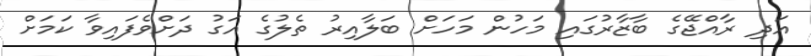
އަދި ރާއްޖޭގެ ބާޒާރުގައި މަހުން މަހަށް ބަލާއިރު ތެލުގެ އަގު ދަށްވެފައިވާ ކަމަށް